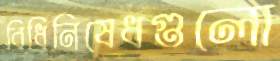
বিধিনিষেধগুলো